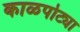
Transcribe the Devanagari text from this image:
काळपोट्या